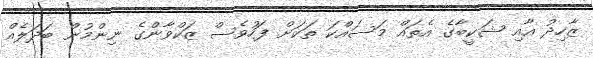
ޒާހިދު އާއި ޝަކީބާގެ އެތައް މަސައްކަ ތަކަށް ފަހުވެސް ޒަކްވާންގެ ނިންމުން ބަދަލެއް